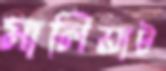
মালিয়াট